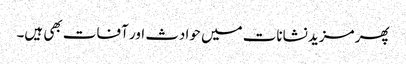
پھر مزید نشانات میں حوادث اور آفات بھی ہیں۔